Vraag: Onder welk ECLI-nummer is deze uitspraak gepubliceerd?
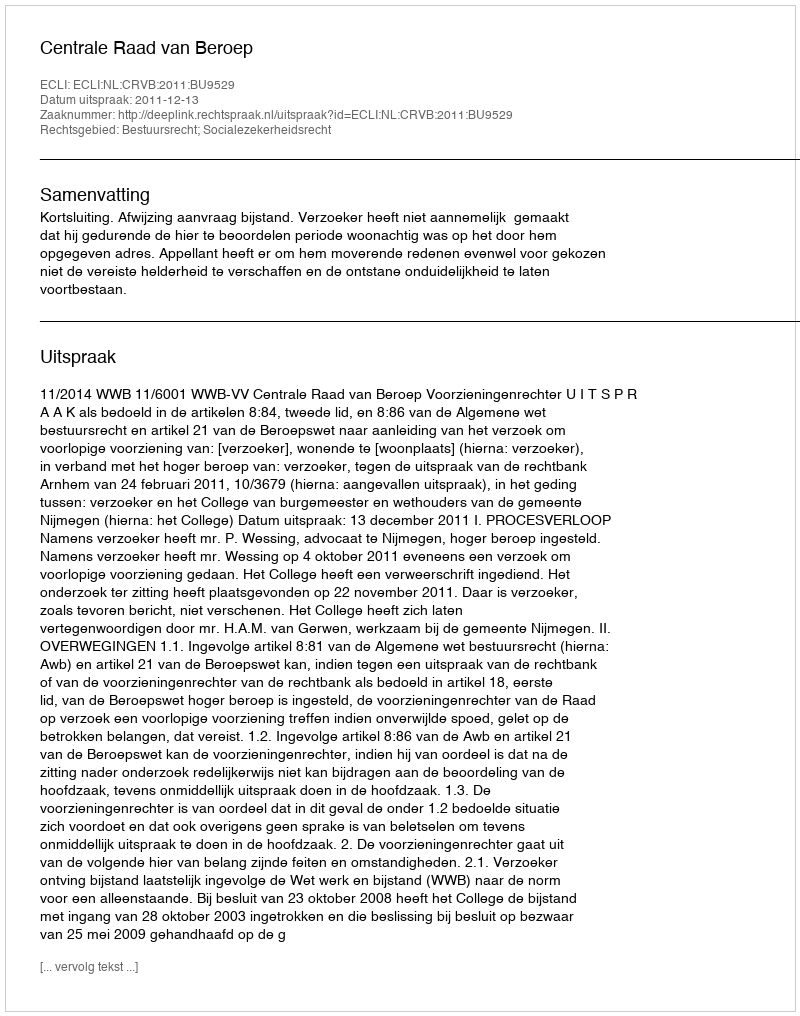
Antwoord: ECLI:NL:CRVB:2011:BU9529